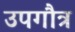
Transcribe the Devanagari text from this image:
उपगौत्र